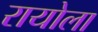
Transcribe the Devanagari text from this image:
रायोला